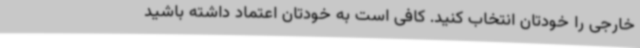
خارجی را خودتان انتخاب کنید. کافی است به خودتان اعتماد داشته باشید